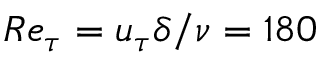
\displaystyle { { R e } _ { \tau } = u _ { \tau } \delta / \nu } = 1 8 0